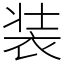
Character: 装